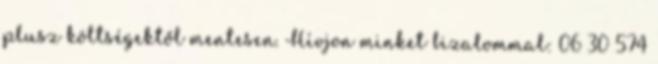
plusz költségektől mentesen. Hívjon minket bizalommal: 06 30 574